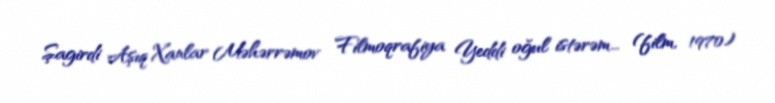
Şagirdi Aşıq Xanlar Məhərrəmov Filmoqrafiya Yeddi oğul istərəm... (film, 1970)